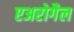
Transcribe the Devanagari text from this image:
एअरोगैल